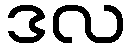
ဒလ